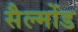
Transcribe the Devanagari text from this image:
सैल्मोंड